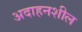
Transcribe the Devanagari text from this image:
अदाहनशील